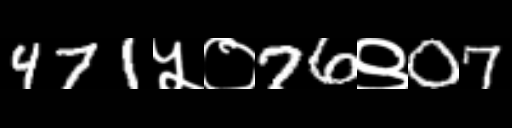
Text: 471५०76९07